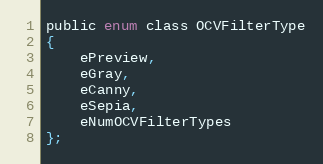
Language: C
public enum class OCVFilterType
{
    ePreview,
    eGray,
    eCanny,
    eSepia,
    eNumOCVFilterTypes
};